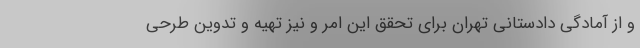
و از آمادگی دادستانی تهران برای تحقق این امر و نیز تهیه و تدوین طرحی